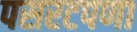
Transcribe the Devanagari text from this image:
पसरटपणा